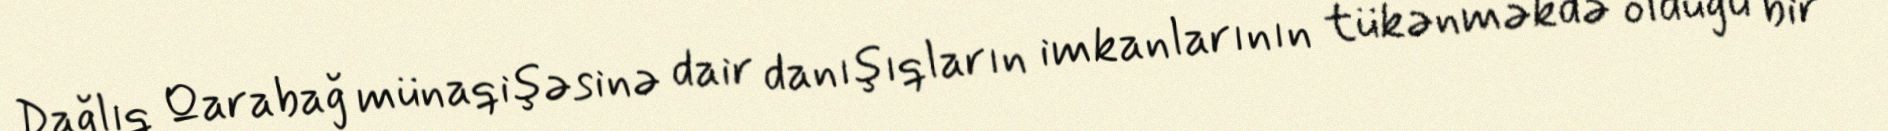
Dağlıq Qarabağ münaqişəsinə dair danışıqların imkanlarının tükənməkdə olduğu bir